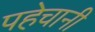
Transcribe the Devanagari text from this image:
पहेचानी